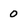
Character: 0